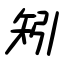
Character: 矧